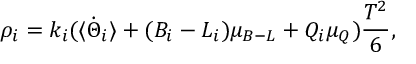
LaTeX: \rho _ { i } = k _ { i } ( \langle \dot { \Theta } _ { i } \rangle + ( B _ { i } - L _ { i } ) \mu _ { B - L } + Q _ { i } \mu _ { Q } ) \frac { T ^ { 2 } } { 6 } ,